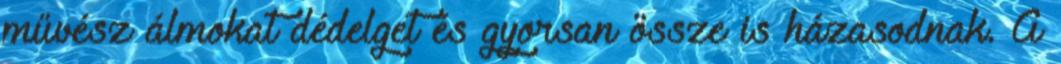
művész álmokat dédelget és gyorsan össze is házasodnak. A